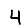
Digit: 4